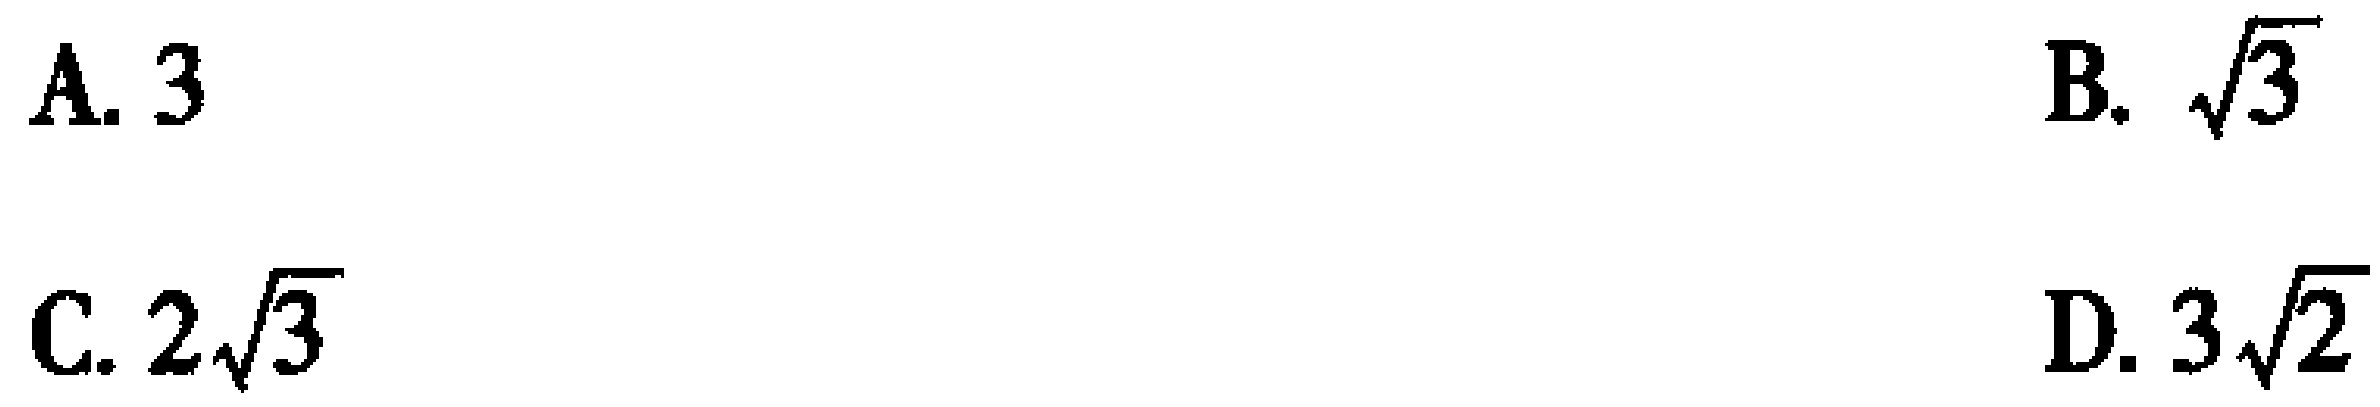
A. \(3\)

B. \(\sqrt{3}\)

C. \(2\sqrt{3}\)

D. \(3\sqrt{2}\)